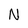
Character: N